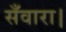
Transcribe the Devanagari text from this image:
सँवारा।